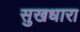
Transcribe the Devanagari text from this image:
सुखधारा